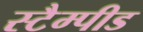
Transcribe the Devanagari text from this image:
स्टैम्पीड